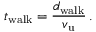
t _ { \mathrm { w a l k } } = \frac { d _ { \mathrm { w a l k } } } { v _ { \mathrm { u } } } \, .